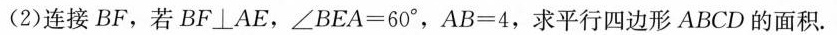
(2)连接BF，若$$B F ⊥ A E$$，$$∠ B E A = 6 0 °$$，$$A B = 4$$，求平行四边形ABCD的面积.